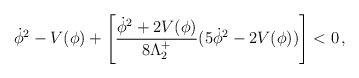
LaTeX: \begin{align*}\dot{\phi}^2-V(\phi)+\left[\frac{\dot{\phi}^2+2V(\phi)}{8\Lambda_2^+}(5\dot{\phi}^2-2V(\phi))\right]<0\,,\end{align*}